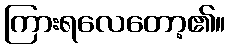
ကြားရလေတော့၏။